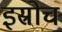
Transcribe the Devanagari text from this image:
इस्रोच